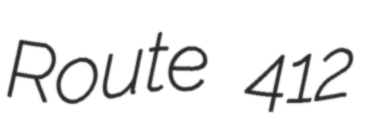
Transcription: Route 412